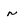
Character: n